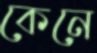
কেনে